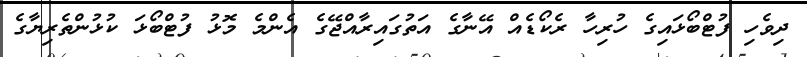
ދިވެހި ފުޓްބޯޅައިގެ ހުރިހާ ރެކޯޑެއް އޭނާގެ އަތުގައިރާއްޖޭގެ އެންމެ މޮޅު ފުޓްބޯޅަ ކުޅުންތެރިޔާގެ